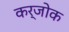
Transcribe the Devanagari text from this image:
कर्जोक